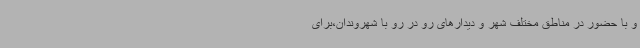
و با حضور در مناطق مختلف شهر و دیدارهای رو در رو با شهروندان،برای